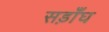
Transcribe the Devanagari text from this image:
सड़ाँघ